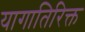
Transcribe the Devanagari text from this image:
यागातिरिक्त